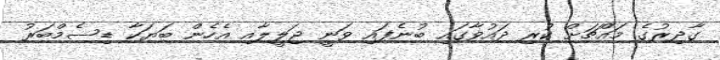
ގާދިރުގެ މައްޗަށް ކުރި ދައުވާގައި ބުނެފައި ވަނީ ޖަލީލާއި އެހެން ބަޔަކާ ޑިސެމްބަރު